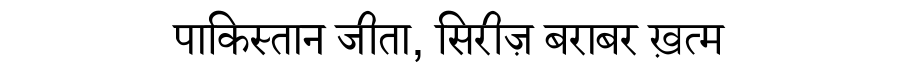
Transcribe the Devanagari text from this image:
पाकिस्तान जीता, सिरीज़ बराबर ख़त्म